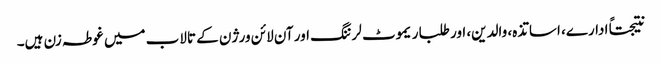
نتیجتاً ادارے، اساتذہ، والدین، اور طلبا ریموٹ لرننگ اور آن لائن ورژن کے تالاب میں غوطہ زن ہیں۔